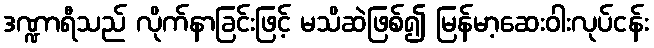
ဒဏ္ဍာရီသည် လိုက်နာခြင်းဖြင့် မသိဆဲဖြစ်၍ မြန်မာ့ဆေးဝါးလုပ်ငန်း